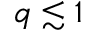
q \lesssim 1